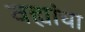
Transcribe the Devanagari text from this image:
वह्यांचा